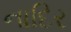
નાદિર